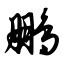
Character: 鹏